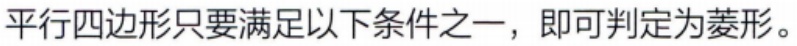
平行四边形只要满足以下条件之一，即可判定为菱形。